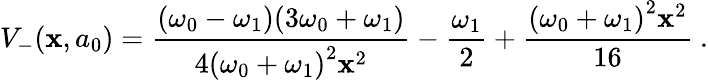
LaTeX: V_{-}(\mathbf{x},a_{0})=\frac{{(\omega_{0}-\omega_{1})(3\omega_{0}+\omega_{1})}}{{4{(\omega_{0}+\omega_{1})}^{2}\mathbf{x}^{2}}}-\frac{{\omega_{1}}}{{2}}+\frac{{{(\omega_{0}+\omega_{1})}^{2}\mathbf{x}^{2}}}{{16}}~.